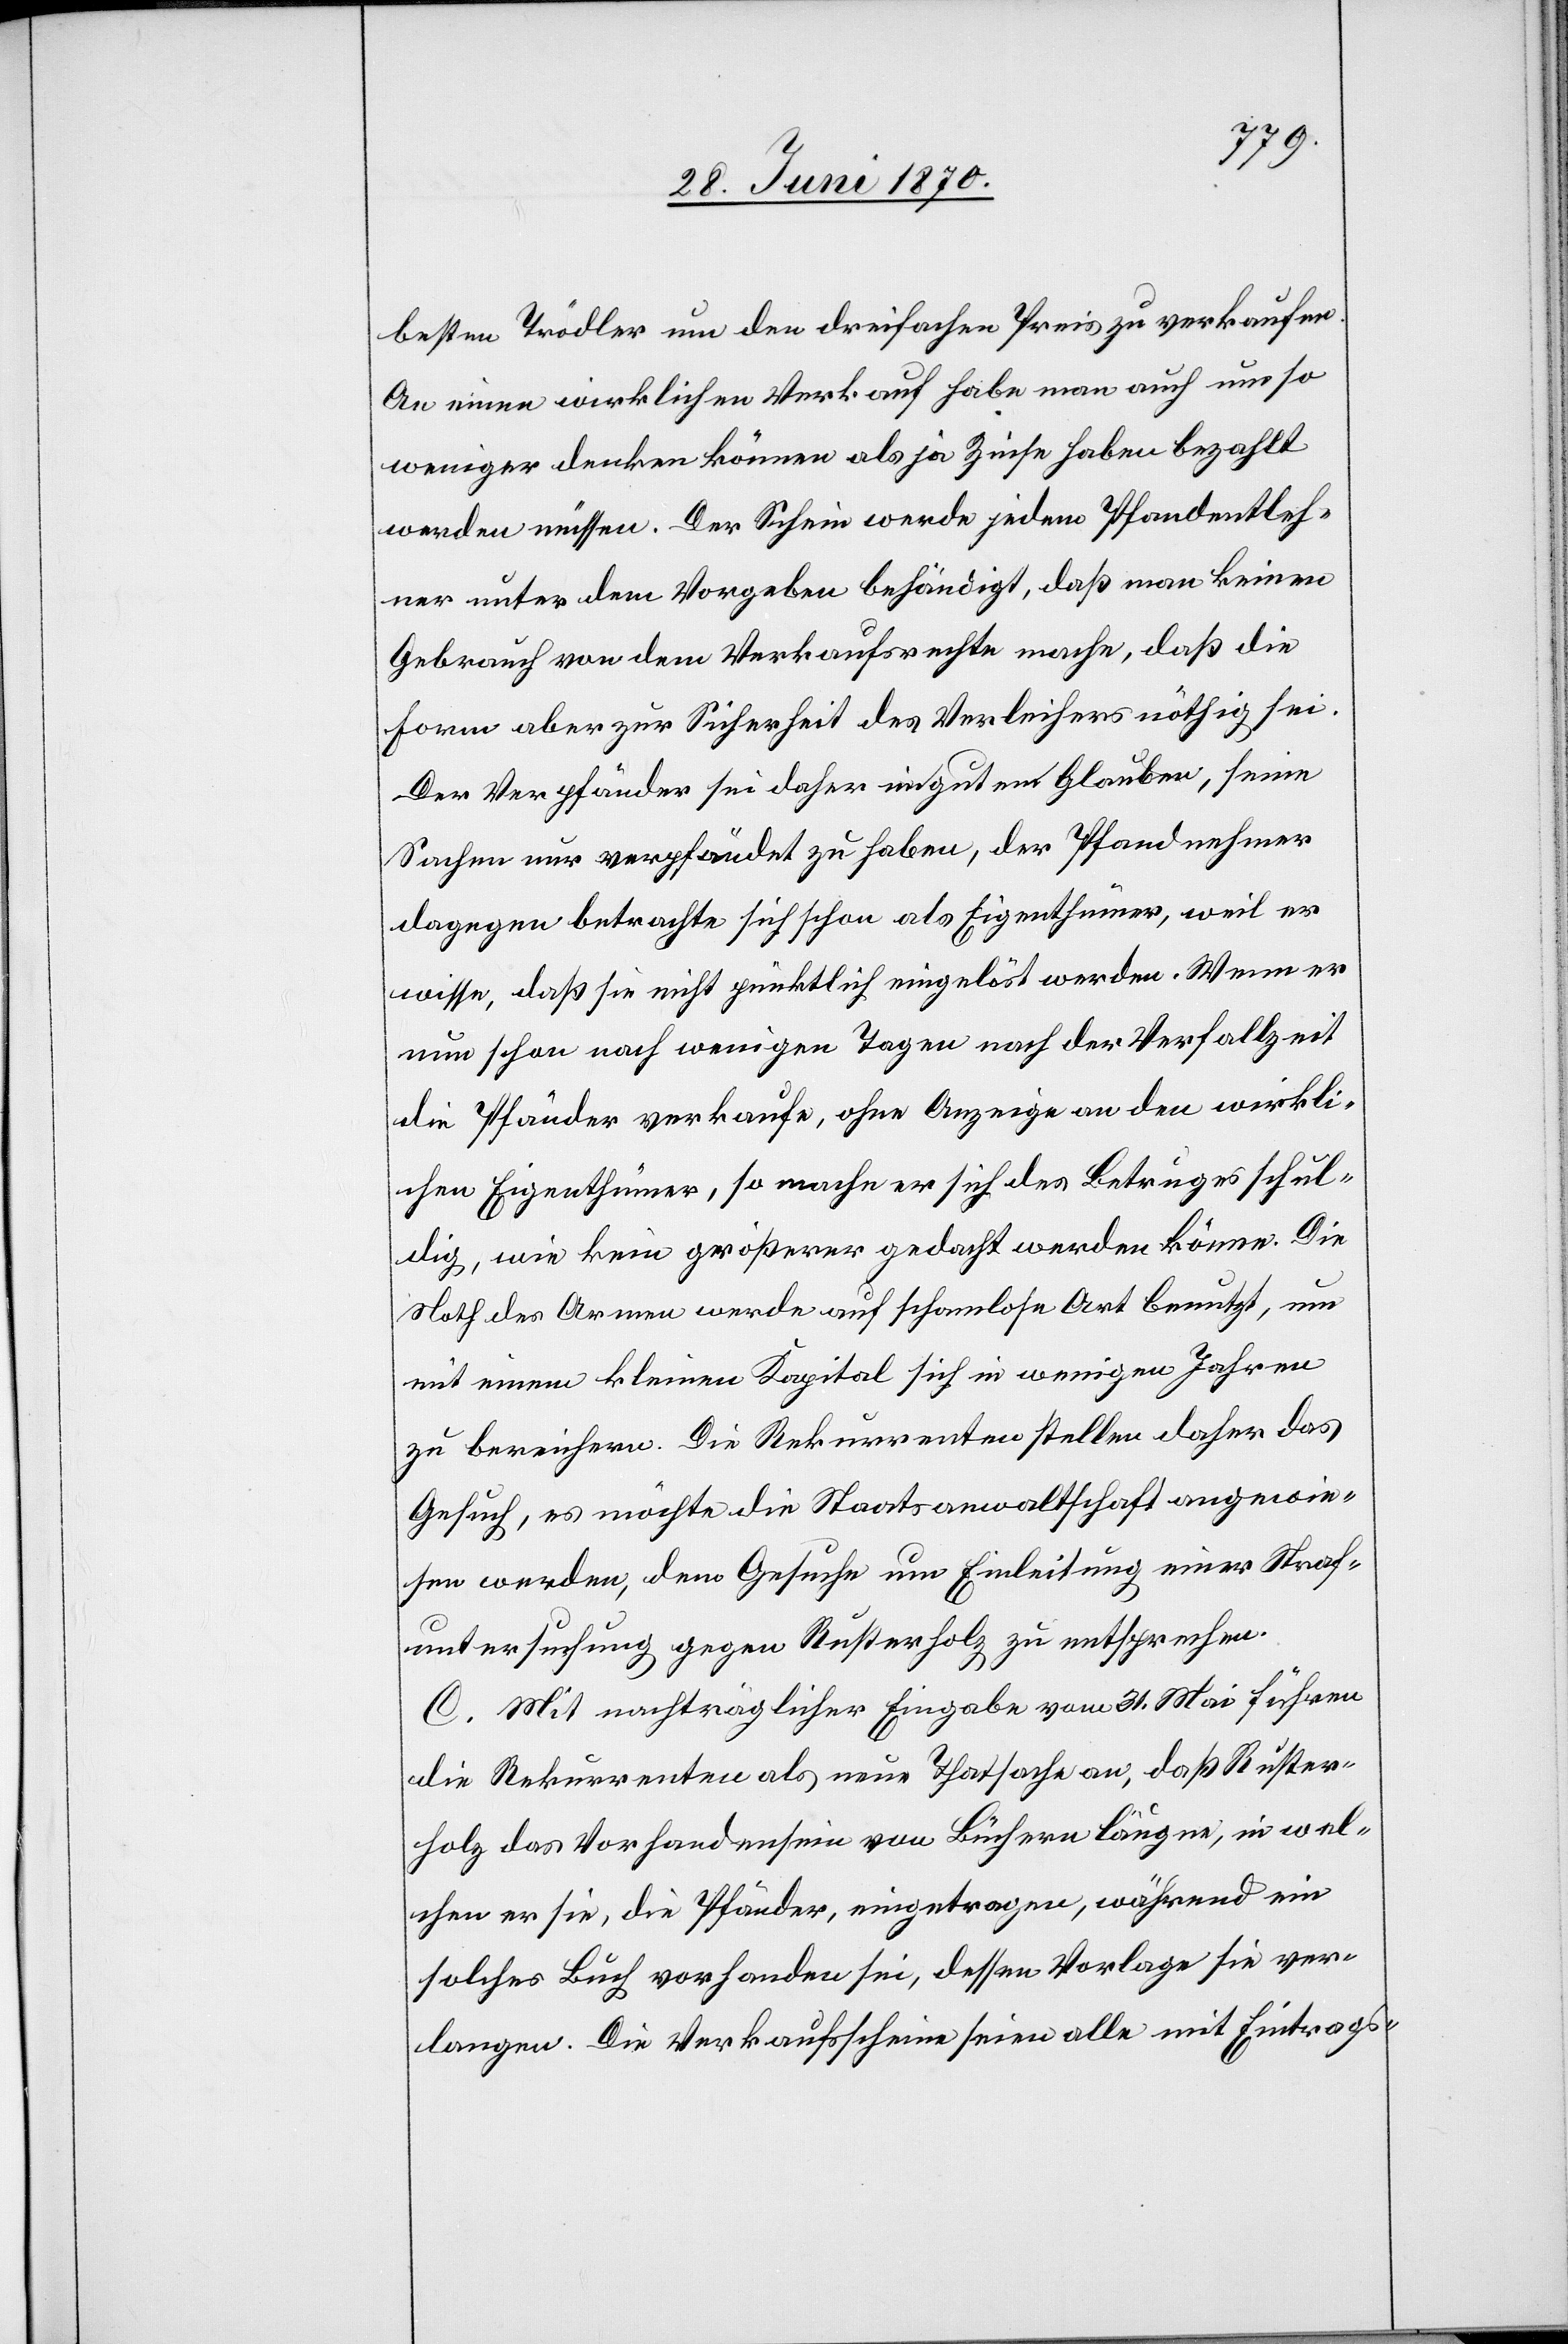
besten Trödler um den dreifachen Preis zu verkaufen.
An einen wirklichen Verkauf habe man auch um so
weniger denken können als ja Zinse haben bezahlt
werden müssen. Der Schein werde jedem Pfandentleh¬
ner unter dem Vorgeben behändigt, daß man keinen
Gebrauch von dem Verkaufsrechte mache, daß die
Form aber zur Sicherheit des Verleihers nöthig sei.
Der Verpfänder sei daher im guten Glauben, seine
Sachen nur verpfändet zu haben, der Pfandnehmer
dagegen betrachte sich schon als Eigenthümer, weil er
wisse, daß sie nicht pünktlich eingelöst werden. Wenn er
nun schon nach wenigen Tagen nach der Verfallzeit
die Pfänder verkaufe, ohne Anzeige an den wirkli¬
chen Eigenthümer, so mache er sich des Betruges schul¬
dig, wie kein größerer gedacht werden könne. Die
Noth der Armen werde auf schamlose Art benutzt, um
mit einem kleinen Kapital sich in wenigen Jahren
zu bereichern. Die Rekurrenten stellen daher das
Gesuch, es möchte die Staatsanwaltschaft angewie¬
sen werden, dem Gesuche um Einleitung einer Straf¬
untersuchung gegen Rusterholz zu entsprechen.
C. Mit nachträglicher Eingabe vom 31. Mai führen
die Rekurrenten als neue Thatsache an, daß Ruster¬
holz das Vorhandensein von Büchern läugne, in wel¬
chen er sie, die Pfänder, eingetragen, während ein
solches Buch vorhanden sei, dessen Vorlage sie ver¬
langen. Die Verkaufsscheine seien alle mit Eintrags-